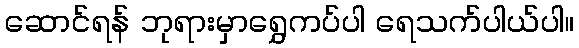
ဆောင်ရန် ဘုရားမှာရွှေကပ်ပါ ရေသက်ပါယ်ပါ။